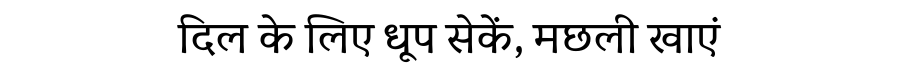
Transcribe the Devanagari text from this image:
दिल के लिए धूप सेकें, मछली खाएं